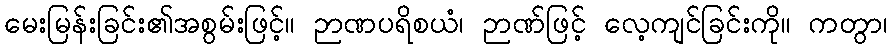
မေးမြန်းခြင်း၏အစွမ်းဖြင့်။ ဉာဏပရိစယံ၊ ဉာဏ်ဖြင့် လေ့ကျင်ခြင်းကို။ ကတွာ၊